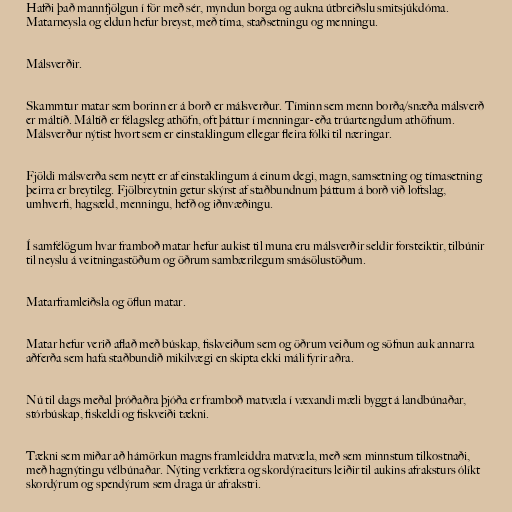
Hafði það mannfjölgun í för með sér, myndun borga og aukna útbreiðslu smitsjúkdóma.
Matarneysla og eldun hefur breyst, með tíma, staðsetningu og menningu.

Málsverðir.

Skammtur matar sem borinn er á borð er málsverður. Tíminn sem menn borða/snæða málsverð
er máltíð. Máltíð er félagsleg athöfn, oft þáttur í menningar- eða trúartengdum athöfnum.
Málsverður nýtist hvort sem er einstaklingum ellegar fleira fólki til næringar.

Fjöldi málsverða sem neytt er af einstaklingum á einum degi, magn, samsetning og tímasetning
þeirra er breytileg. Fjölbreytnin getur skýrst af staðbundnum þáttum á borð við loftslag,
umhverfi, hagsæld, menningu, hefð og iðnvæðingu.

Í samfélögum hvar framboð matar hefur aukist til muna eru málsverðir seldir forsteiktir, tilbúnir
til neyslu á veitningastöðum og öðrum sambærilegum smásölustöðum.

Matarframleiðsla og öflun matar.

Matar hefur verið aflað með búskap, fiskveiðum sem og öðrum veiðum og söfnun auk annarra
aðferða sem hafa staðbundið mikilvægi en skipta ekki máli fyrir aðra.

Nú til dags meðal þróðaðra þjóða er framboð matvæla í væxandi mæli byggt á landbúnaðar,
stórbúskap, fiskeldi og fiskveiði tækni.

Tækni sem miðar að hámörkun magns framleiddra matvæla, með sem minnstum tilkostnaði,
með hagnýtingu vélbúnaðar. Nýting verkfæra og skordýraeiturs leiðir til aukins afraksturs ólíkt
skordýrum og spendýrum sem draga úr afrakstri.